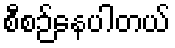
စီစဉ်နေပါတယ်